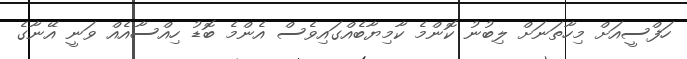
ހަފްސީއަށް މިހާތަނަށް ލިބުނު ކޮންމެ ކާމިޔާބެއްގައިވެސް އެންމެ ބޮޑު ހިއްސާއެއް ވަނީ އޭނާގެ